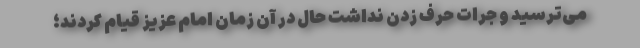
می‌ترسید و جرات حرف زدن نداشت حال در آن زمان امام عزیز قیام کردند؛